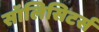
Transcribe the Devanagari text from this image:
सॉलिसिटर्स